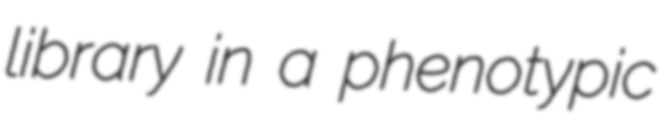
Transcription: library in a phenotypic